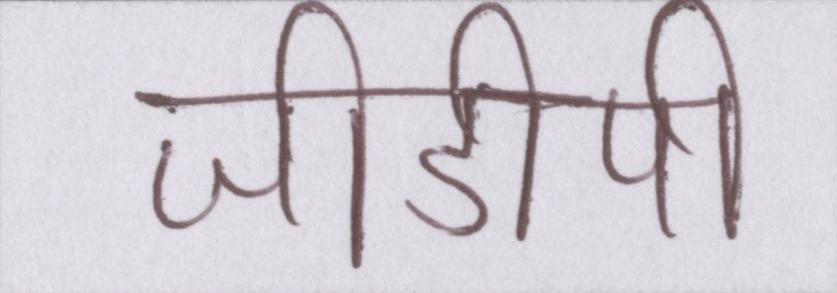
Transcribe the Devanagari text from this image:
जीडीपी